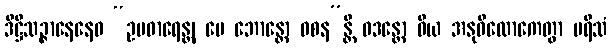
ဒိဋ္ဌိသဉ္ဇာနေနေဝ “ဥပဓာရေန္တု မေ ဘောန္တော ဝစန”န္တိ ဝဒန္တော ဝိယ အနုဝိလောကေတွာ ပရိသံ